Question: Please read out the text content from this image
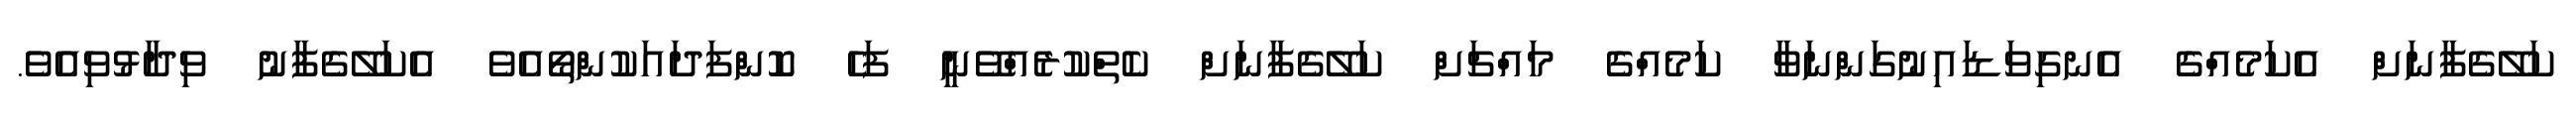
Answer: ކަލޭގެފާނަށް އެކަމެއްގެ އެނގިވަޑައިނުގަންނަވާ ކަމެއްގެ މައްޗަށް ކަލޭގެފާނަށް ކެތްކުރެއްވޭނީ ފަހެ ކޮންފަދައަކުންތޯއެވެ އެކަލޭގެފާނު ވިދާޅުވިއެވެ.